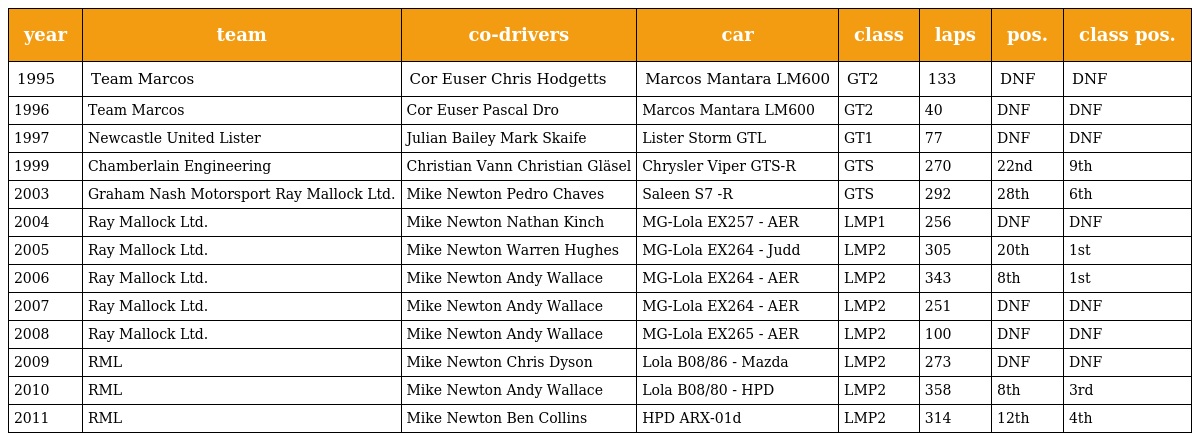
| year | team | co-drivers | car | class | laps | pos. | class pos. |
 | --- | --- | --- | --- | --- | --- | --- | --- |
 | 1995 | Team Marcos | Cor Euser Chris Hodgetts | Marcos Mantara LM600 | GT2 | 133 | DNF | DNF |
 | 1996 | Team Marcos | Cor Euser Pascal Dro | Marcos Mantara LM600 | GT2 | 40 | DNF | DNF |
 | 1997 | Newcastle United Lister | Julian Bailey Mark Skaife | Lister Storm GTL | GT1 | 77 | DNF | DNF |
 | 1999 | Chamberlain Engineering | Christian Vann Christian Gläsel | Chrysler Viper GTS-R | GTS | 270 | 22nd | 9th |
 | 2003 | Graham Nash Motorsport Ray Mallock Ltd. | Mike Newton Pedro Chaves | Saleen S7 -R | GTS | 292 | 28th | 6th |
 | 2004 | Ray Mallock Ltd. | Mike Newton Nathan Kinch | MG-Lola EX257 - AER | LMP1 | 256 | DNF | DNF |
 | 2005 | Ray Mallock Ltd. | Mike Newton Warren Hughes | MG-Lola EX264 - Judd | LMP2 | 305 | 20th | 1st |
 | 2006 | Ray Mallock Ltd. | Mike Newton Andy Wallace | MG-Lola EX264 - AER | LMP2 | 343 | 8th | 1st |
 | 2007 | Ray Mallock Ltd. | Mike Newton Andy Wallace | MG-Lola EX264 - AER | LMP2 | 251 | DNF | DNF |
 | 2008 | Ray Mallock Ltd. | Mike Newton Andy Wallace | MG-Lola EX265 - AER | LMP2 | 100 | DNF | DNF |
 | 2009 | RML | Mike Newton Chris Dyson | Lola B08/86 - Mazda | LMP2 | 273 | DNF | DNF |
 | 2010 | RML | Mike Newton Andy Wallace | Lola B08/80 - HPD | LMP2 | 358 | 8th | 3rd |
 | 2011 | RML | Mike Newton Ben Collins | HPD ARX-01d | LMP2 | 314 | 12th | 4th |